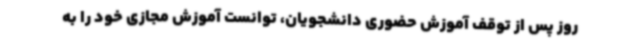
روز پس از توقف آموزش حضوری دانشجویان، توانست آموزش مجازی خود را به